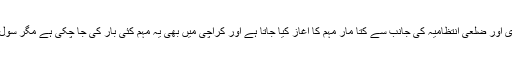
کتے کے کاٹنے کے واقعات کی روک تھام کے لیے شہری اور ضلعی انتظامیہ کی جانب سے کتا مار مہم کا آغاز کیا جاتا ہے اور کراچی میں بھی یہ مہم کئی بار کی جا چکی ہے مگر سول سوسائٹی کے احتجاج کے باعث اس مہم کو روکا گیا ہے۔